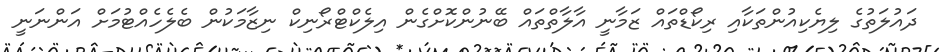
ދައުލަތުގެ ލިޔެކިއުންތަކާއި ރިކޯޑްތައް ޒަމާނީ އާލާތްތައް ބޭނުންކޮށްގެން އިލެކްޓްރޯނިކް ނިޒާމަކުން ބެލެހެއްޓުމަށް އަންނަނީ